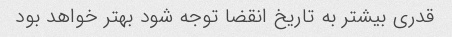
قدری بیشتر به تاریخ انقضا توجه شود بهتر خواهد بود